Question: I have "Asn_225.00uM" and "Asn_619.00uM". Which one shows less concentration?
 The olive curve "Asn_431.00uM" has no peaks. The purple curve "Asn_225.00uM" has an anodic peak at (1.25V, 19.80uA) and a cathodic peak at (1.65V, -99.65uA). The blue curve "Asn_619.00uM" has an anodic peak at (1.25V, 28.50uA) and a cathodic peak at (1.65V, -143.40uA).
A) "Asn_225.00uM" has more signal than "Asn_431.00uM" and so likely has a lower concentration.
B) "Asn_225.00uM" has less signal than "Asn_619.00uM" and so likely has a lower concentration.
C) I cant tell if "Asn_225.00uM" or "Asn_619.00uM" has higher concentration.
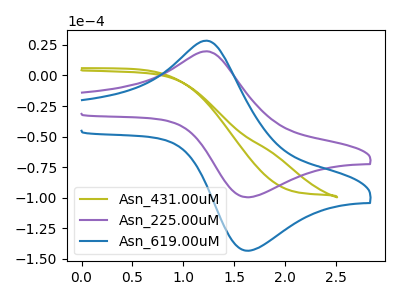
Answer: <think>All the peaks in "Asn_225.00uM" have a peak in "Asn_619.00uM" at the same potential. Every peak in "Asn_225.00uM" is lower than every peak in "Asn_619.00uM".
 </think>
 <answer>B) "Asn_225.00uM" has less signal than "Asn_619.00uM" and so likely has a lower concentration.</answer>
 <eval>B</eval>